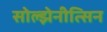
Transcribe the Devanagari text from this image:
सोल्झेनीत्सिन